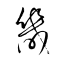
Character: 畿